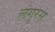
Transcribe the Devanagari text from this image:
लंगूरस